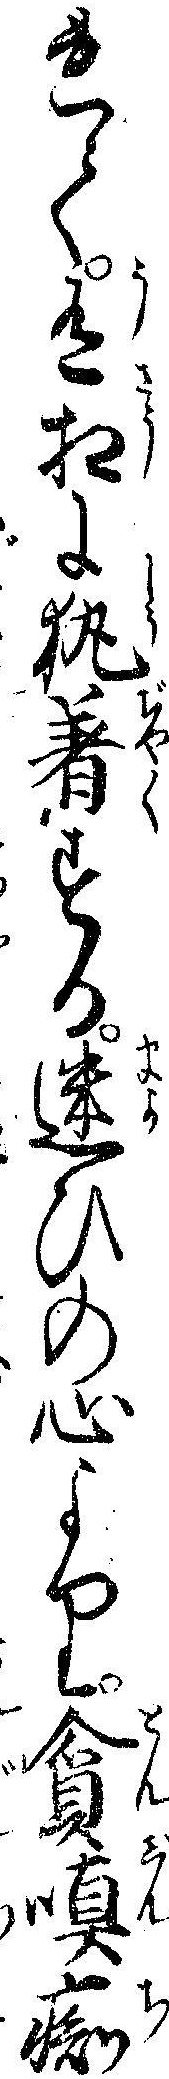
れて有相に執着する迷ひの心より貪痴